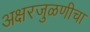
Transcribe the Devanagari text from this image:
अक्षरजुळणीचा